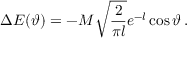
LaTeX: \Delta E ( \vartheta ) = - M \sqrt { \frac { 2 } { \pi l } } e ^ { - l } \cos \vartheta \, .